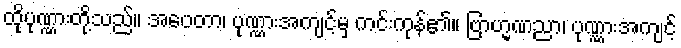
ထိုပုဏ္ဏားတို့သည်။ အပေတာ၊ ပုဏ္ဏားအကျင့်မှ ကင်းကုန်၏။ ဗြာဟ္မဏညာ၊ ပုဏ္ဏားအကျင့်